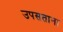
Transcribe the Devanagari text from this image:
उपसताना